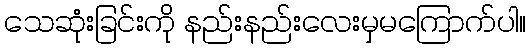
သေဆုံးခြင်းကို နည်းနည်းလေးမှမကြောက်ပါ။